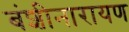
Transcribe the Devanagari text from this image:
बंशीनारायण